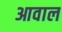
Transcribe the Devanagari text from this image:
आवाल